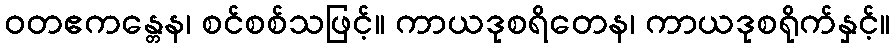
ဝတဧကန္တေန၊ စင်စစ်သဖြင့်။ ကာယဒုစရိတေန၊ ကာယဒုစရိုက်နှင့်။